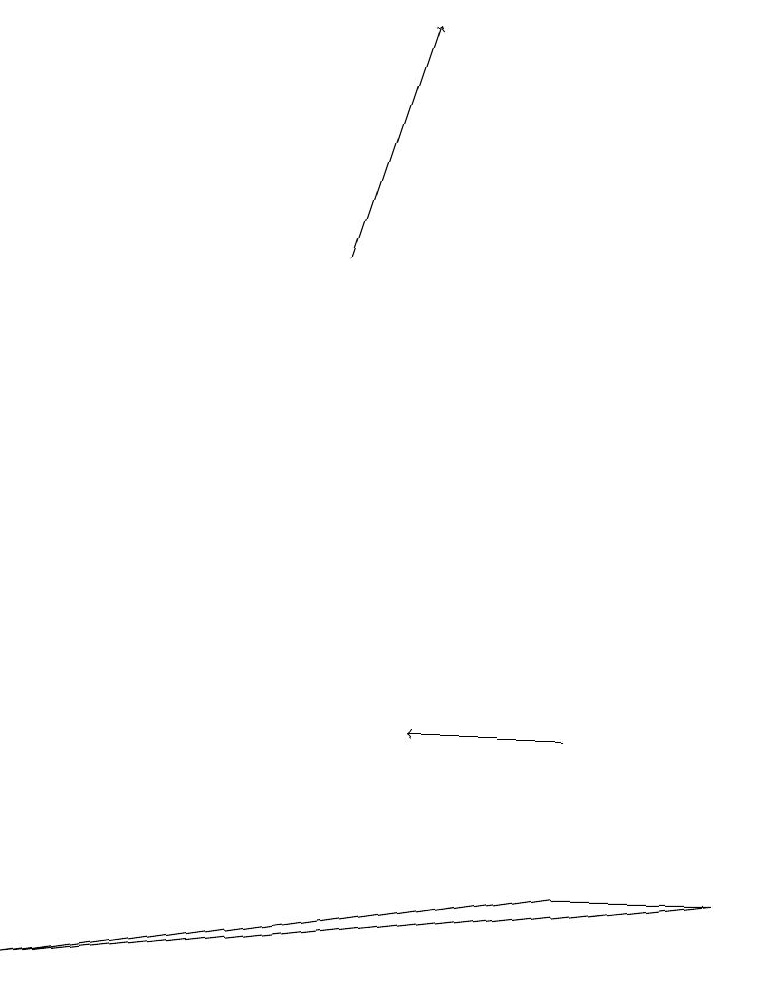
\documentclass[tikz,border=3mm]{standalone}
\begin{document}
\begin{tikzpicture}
\draw[->] (7,10) -- (5,10);
\draw[->] (4,16) -- (5,19);
\draw (9,8) -- (0,7) -- (7,8) -- cycle;
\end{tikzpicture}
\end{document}